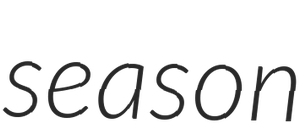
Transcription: season